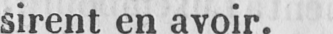
sirent en avoir.